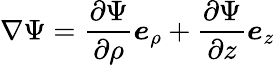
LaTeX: \nabla\Psi={\frac{\partial\Psi}{\partial\rho}}{\boldsymbol{e}}_{\rho}+{\frac{\partial\Psi}{\partial z}}{\boldsymbol{e}}_{z}